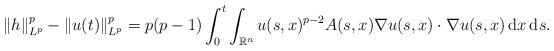
LaTeX: \begin{align*}\|h\|_{L^p}^p- \|u(t)\|_{L^p}^p = p(p-1) \int_0^t\int_{{\mathbb{R}}^n} u(s,x)^{p-2} A(s,x)\nabla u(s,x)\cdot\nabla u(s,x) \,{\rm d}x\,{\rm d}s.\end{align*}